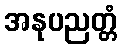
အနုပညတ္တံ